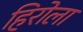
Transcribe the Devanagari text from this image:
हिरोला